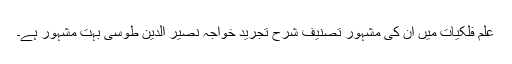
علم فلکیات میں اِن کی مشہور تصنیف شرح تجرید خواجہ نصیر الدین طوسی بہت مشہور ہے۔